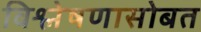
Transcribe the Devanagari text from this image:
विश्लेषणासोबत